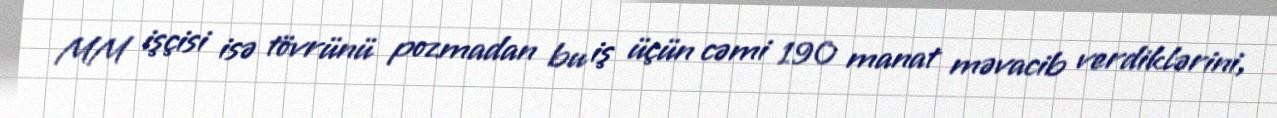
MM işçisi isə tövrünü pozmadan bu iş üçün cəmi 190 manat məvacib verdiklərini,